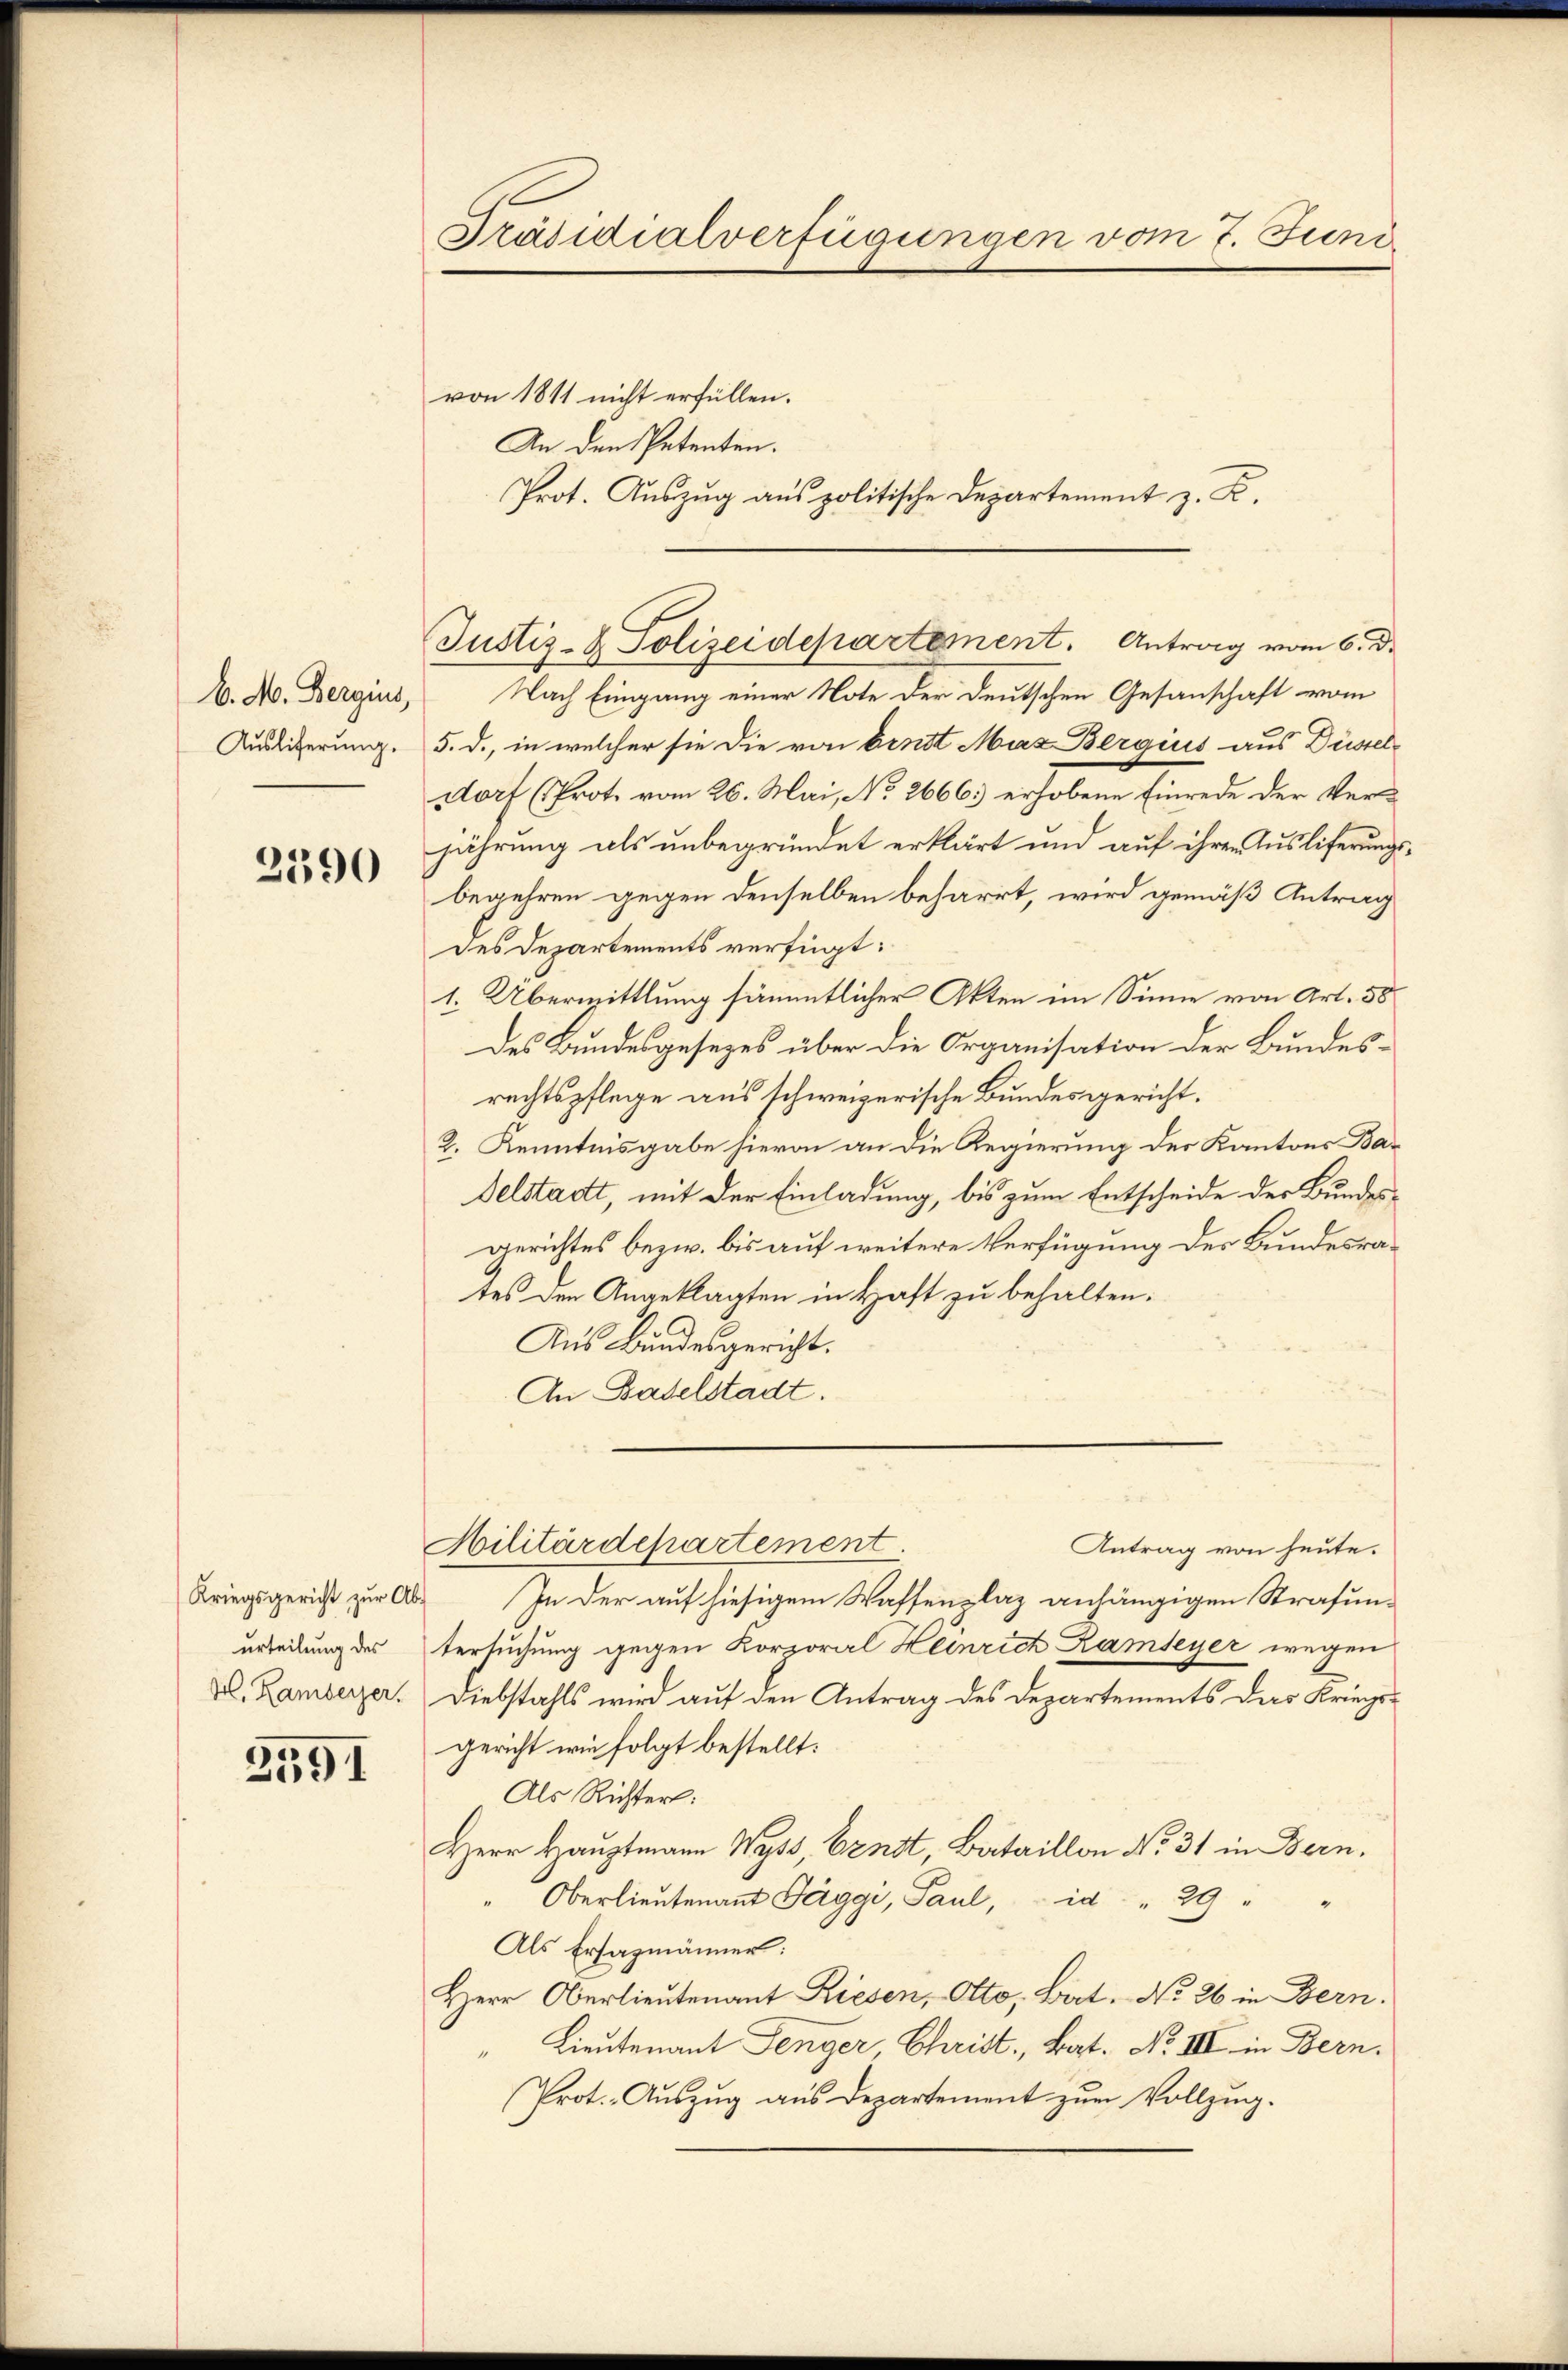
C. M. Bergius,
Auslieferung.

2390

Kriegsgericht zur Ab-
urteilung des
M. Kamberger.

3591

Präsidialverfügungen vom 7. Juni

von 1811 nicht erfüllen.
An den Petenten.
Nach Eingang einer Note der Deutschen Gesanschaft vom
5. d., in welcher sie die von Erndt Mas Berquis aus Düsseldorf (Prot. vom 26. Mai, No. 2666 erhobene Einrede der Verjährung als unbegründet erklärt und auf ihrer Ausliferungsbegehren gegen denselben beharrt, wird gemäß Antrag
des Departements verfügt:
1. Übermittlung sämmtlicher Akten im Sinne von Art. 58
des Bundesgesezes über die Organisation der Bundesrechtspflege aus schweizerische Bundesgericht.
2. Kenntnisgabe hievon an die Regierung des Kantons Ba¬
Delstadt, mit der Einladung, bis zum Entscheide der Bundesgerichtes bezw. bis auf weitere Verfügung des Bundesrates den Angeklagten in Haft zu behalten.
Aus Bundesgericht.
An Baselstadt.

Prot. Auszug aus politische Departement z. K.

Justiz- & Polizeidepartement. Antrag vom 6. d.

In der auf hiesigem Waffenplaz anhängigen Strafuntersuchung gegen Korporal Heinrich Rambeyer wegen
Diebstahls wird auf den Antrag des Departements das Kriegsgericht wie folgt bestellt:
Als Richter:
Herr Hauptmann Wyss, Ernst, Bataillon No. 31 in Bern.
Oberlieutenant Peggi, Paul, id " 29
Als Ersazmänner:
Herr Oberlieutenant Riesen, Otto, Bat. No. 26 in Bern.
" Lieutenant Lenger Christ, Bat. No III in Bern.
Prot. Aŭszŭg aŭs Departement zŭm Vollzŭg.

Militärdepartement.
Antrag von heute.